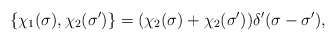
\begin{align*}\{\chi_1(\sigma ),\chi _2(\sigma ')\}=(\chi_2(\sigma )+\chi _2(\sigma '))\delta '(\sigma-\sigma'),\end{align*}